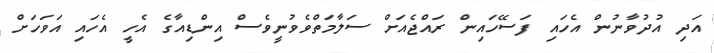
އަދި އުދުވާނުން އެހައި ފަސޭހައިން ރައްޖެއަށް ސަލާމަތްވެވުނީވެސް އިންޑިއާގެ އެހީ އެހައި އަވަހަށް